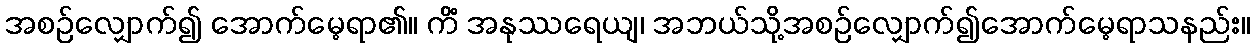
အစဉ်လျှောက်၍ အောက်မေ့ရာ၏။ ကိံ အနုဿရေယျ၊ အဘယ်သို့အစဉ်လျှောက်၍အောက်မေ့ရာသနည်း။